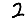
Digit: 2